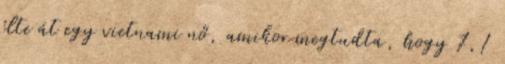
élte át egy vietnami nő, amikor megtudta, hogy 7,1